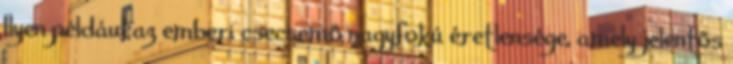
Ilyen például az emberi csecsemő nagyfokú éretlensége, amely jelentős